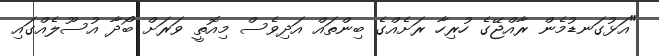
"އަޅުގަނޑުމެން ރާއްޖޭގެ ހުރިހާ ރަށެއްގެ ބިންތައް އަދިވެސް މިއޮތީ ވަރަށް ބޯދާ އުސޫލެއްގައި